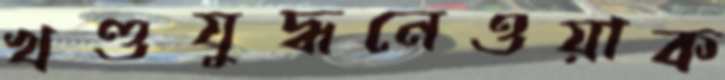
খণ্ডযুদ্ধনেওয়াক